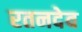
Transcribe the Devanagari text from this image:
रतनदेव